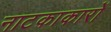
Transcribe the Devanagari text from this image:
नाटकाकारों